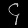
Digit: ၄